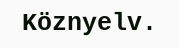
Köznyelv.